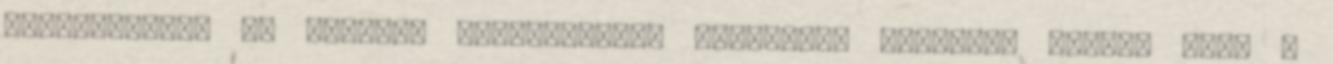
használatát. Az utánzás képességének fejlıdése lehetıvé teszi, hogy a